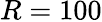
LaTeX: R=100